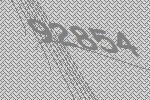
92854